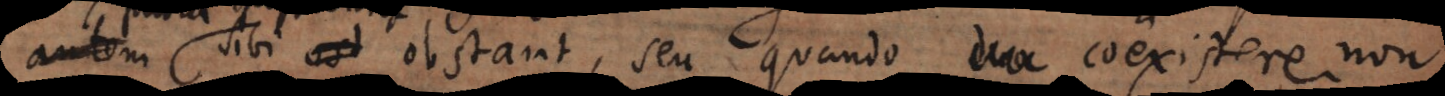
sibi obstant, seu quando duo coexistere non